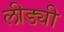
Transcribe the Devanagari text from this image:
लीड्यी